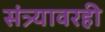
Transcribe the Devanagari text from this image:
संत्र्यावरही